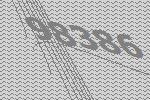
98386